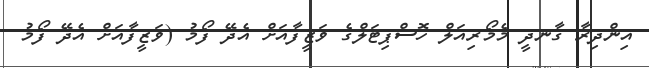
އިންދިރާ ގާނދީ މެމޯރިއަލް ހޮސްޕިޓަލްގެ ވަޒީފާއަށް އެދޭ ފޯމު (ވަޒީފާއަށް އެދޭ ފޯމު